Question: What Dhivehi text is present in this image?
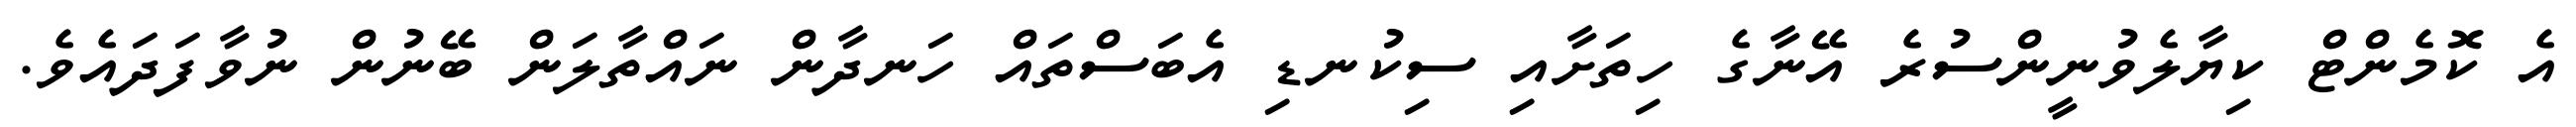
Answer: އެ ކޮމެންޓް ކިޔާލެވުނީންސުރެ އޭނާގެ ހިތަށާއި ސިކުނޑި އެބަސްތައް ހަނދާން ނައްތާލަން ބޭނުން ނުވާފަދައެވެ.